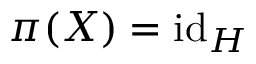
\pi ( X ) = \operatorname { i d } _ { H } \quad